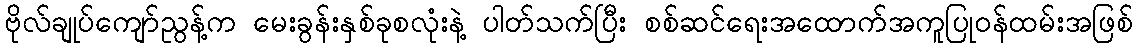
ဗိုလ်ချုပ်ကျော်ညွန့်က မေးခွန်းနှစ်ခုစလုံးနဲ့ ပါတ်သက်ပြီး စစ်ဆင်ရေးအထောက်အကူပြုဝန်ထမ်းအဖြစ်